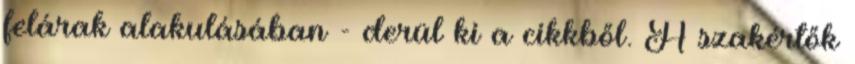
felárak alakulásában - derül ki a cikkből. A szakértők